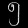
Digit: ၅